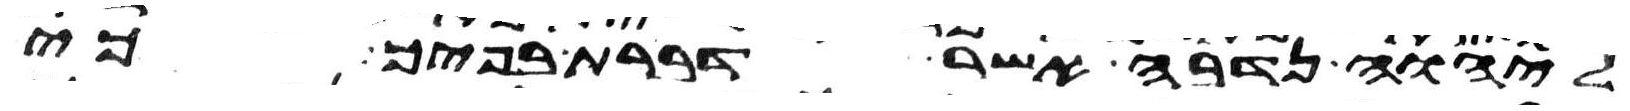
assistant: ליהוה נדבה אשר דברת בפיך כי